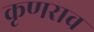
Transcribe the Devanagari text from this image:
कृणराव